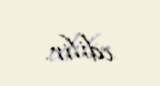
edilir.